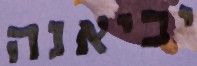
יביאנה